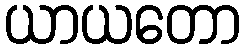
ယာယတော